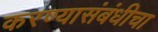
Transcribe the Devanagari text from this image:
करण्यासंबंधीचा